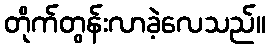
တိုက်တွန်းလာခဲ့လေသည်။